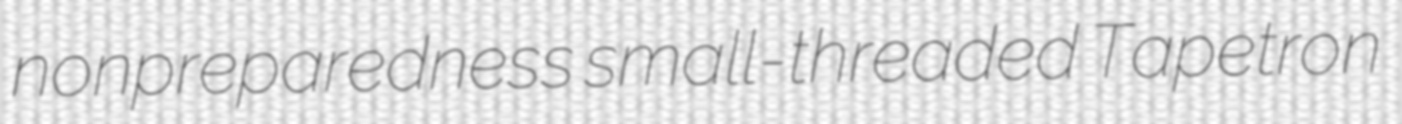
nonpreparedness small-threaded Tapetron